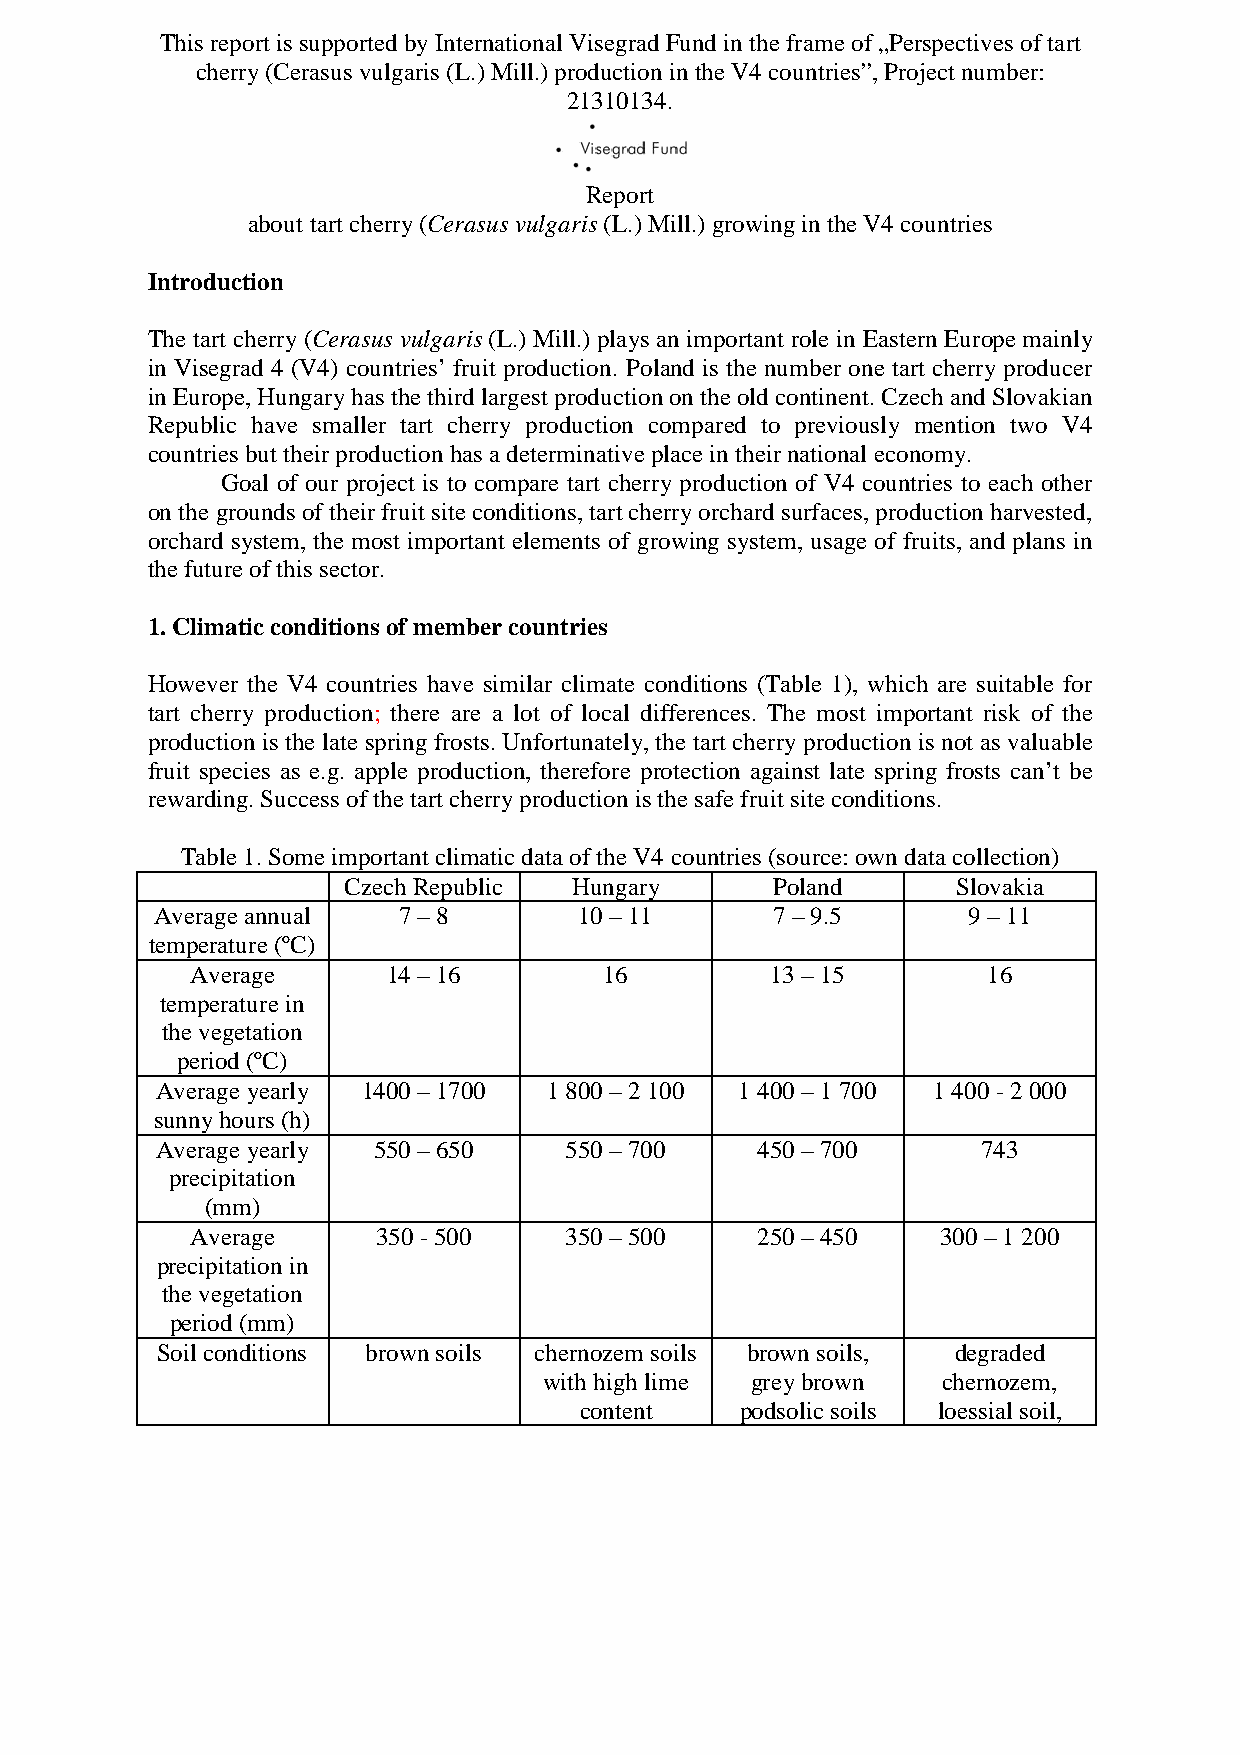
This report is supported by International Visegrad Fund in the frame of „Perspectives of tart
 cherry (Cerasus vulgaris (L.) Mill.) production in the V4 countries”, Project number:
 21310134.
 Report
 about tart cherry (Cerasus vulgaris (L.) Mill.) growing in the V4 countries
 Introduction
 The tart cherry (Cerasus vulgaris (L.) Mill.) plays an important role in Eastern Europe mainly
 in Visegrad 4 (V4) countries’ fruit production. Poland is the number one tart cherry producer
 in Europe, Hungary has the third largest production on the old continent. Czech and Slovakian
 Republic have smaller tart cherry production compared to previously mention two V4
 countries but their production has a determinative place in their national economy.
 Goal of our project is to compare tart cherry production of V4 countries to each other
 on the grounds of their fruit site conditions, tart cherry orchard surfaces, production harvested,
 orchard system, the most important elements of growing system, usage of fruits, and plans in
 the future of this sector.
 1. Climatic conditions of member countries
 However the V4 countries have similar climate conditions (Table 1), which are suitable for
 tart cherry production; there are a lot of local differences. The most important risk of the
 production is the late spring frosts. Unfortunately, the tart cherry production is not as valuable
 fruit species as e.g. apple production, therefore protection against late spring frosts can’t be
 rewarding. Success of the tart cherry production is the safe fruit site conditions.
 Table 1. Some important climatic data of the V4 countries (source: own data collection)
 Czech Republic Hungary      Poland      Slovakia
 Average annual  7 – 8       10 – 11      7 – 9.5      9 – 11
 temperature (ºC)
 Average      14 – 16       16         13 – 15       16
 temperature in
 the vegetation
 period (ºC)
 Average yearly 1400 – 1700 1 800 – 2 100 1 400 – 1 700 1 400 - 2 000
 sunny hours (h)
 Average yearly 550 – 650   550 – 700    450 – 700      743
 precipitation
 (mm)
 Average     350 - 500   350 – 500    250 – 450   300 – 1 200
 precipitation in
 the vegetation
 period (mm)
 Soil conditions brown soils chernozem soils brown soils, degraded
 with high lime grey brown chernozem,
 content    podsolic soils loessial soil,